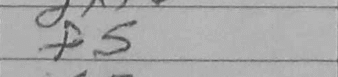
Transcription: f5